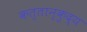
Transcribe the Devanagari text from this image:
कत्तान्कुद्य